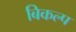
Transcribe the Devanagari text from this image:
बिकल्प